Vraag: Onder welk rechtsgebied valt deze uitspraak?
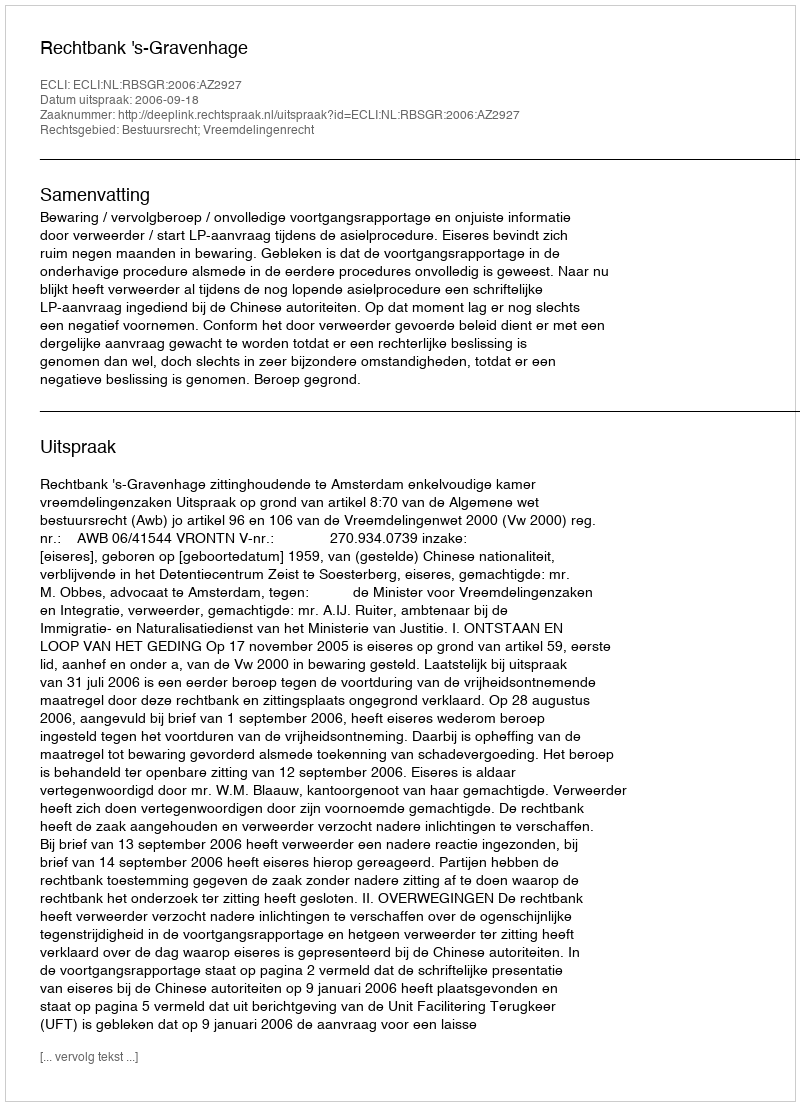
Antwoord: Bestuursrecht; Vreemdelingenrecht